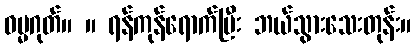
ဓမ္မဂုတ်။ ။ ရန်ကုန်ရောက်ပြီး ဘယ်သွားသေးတုန်း။